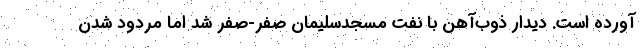
آورده است. دیدار ذوب‌آهن با نفت مسجدسلیمان صفر-صفر شد اما مردود شدن